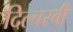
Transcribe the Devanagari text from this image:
दिल्चस्बी